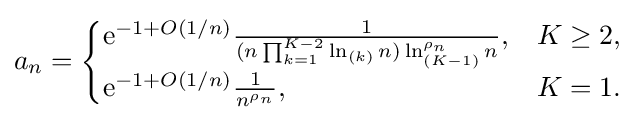
a_{n}={\begin{cases}\mathrm {e} ^{-1+O(1/n)}{\frac {1}{(n\prod _{k=1}^{K-2}\ln _{(k)}n)\ln _{(K-1)}^{\rho _{n}}n}},&K\geq 2,\\\mathrm {e} ^{-1+O(1/n)}{\frac {1}{n^{\rho _{n}}}},&K=1.\end{cases}}